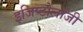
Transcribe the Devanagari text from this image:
इजिप्टोलॉजी